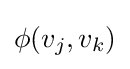
\phi (v_{j},v_{k})